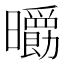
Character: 𣌄